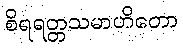
စိရရတ္တသမာဟိတော